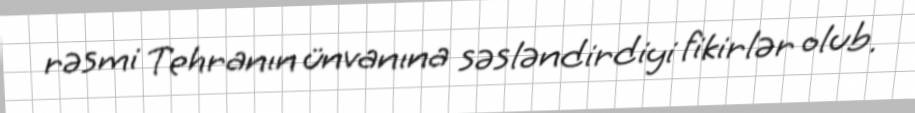
rəsmi Tehranın ünvanına səsləndirdiyi fikirlər olub.